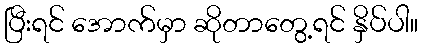
ပြီးရင် အောက်မှာ ဆိုတာတွေ့ရင် နှိပ်ပါ။